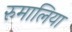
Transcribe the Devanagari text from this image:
रुमालिया